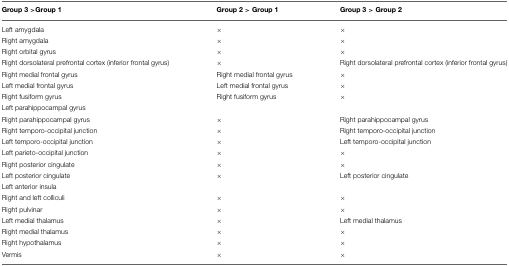
<table><thead><tr><td><b>Group 3 &gt;Group 1</b></td><td><b>Group 2 &gt; Group 1</b></td><td><b>Group 3 &gt; Group 2</b></td></tr></thead><tbody><tr><td>Left amygdala</td><td>×</td><td>×</td></tr><tr><td>Right amygdala</td><td>×</td><td>×</td></tr><tr><td>Right orbital gyrus</td><td>×</td><td>×</td></tr><tr><td>Right dorsolateral prefrontal cortex (inferior frontal gyrus)</td><td>×</td><td>Right dorsolateral prefrontal cortex (inferior frontal gyrus)</td></tr><tr><td>Right medial frontal gyrus</td><td>Right medial frontal gyrus</td><td>×</td></tr><tr><td>Left medial frontal gyrus</td><td>Left medial frontal gyrus</td><td>×</td></tr><tr><td>Right fusiform gyrus</td><td>Right fusiform gyrus</td><td>×</td></tr><tr><td>Left parahippocampal gyrus</td><td></td><td></td></tr><tr><td>Right parahippocampal gyrus</td><td>×</td><td>Right parahippocampal gyrus</td></tr><tr><td>Right temporo-occipital junction</td><td>×</td><td>Right temporo-occipital junction</td></tr><tr><td>Left temporo-occipital junction</td><td>×</td><td>Left temporo-occipital junction</td></tr><tr><td>Left parieto-occipital junction</td><td>×</td><td>×</td></tr><tr><td>Right posterior cingulate</td><td>×</td><td>×</td></tr><tr><td>Left posterior cingulate</td><td>×</td><td>Left posterior cingulate</td></tr><tr><td>Left anterior insula</td><td></td><td></td></tr><tr><td>Right and left colliculi</td><td>×</td><td>×</td></tr><tr><td>Right pulvinar</td><td>×</td><td>×</td></tr><tr><td>Left medial thalamus</td><td>×</td><td>Left medial thalamus</td></tr><tr><td>Right medial thalamus</td><td>×</td><td>×</td></tr><tr><td>Right hypothalamus</td><td>×</td><td>×</td></tr><tr><td>Vermis</td><td>×</td><td>×</td></tr></tbody></table>